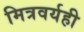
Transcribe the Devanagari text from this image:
मित्रवर्यही